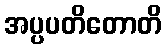
အပ္ပပတိတောတိ